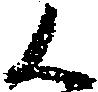
く